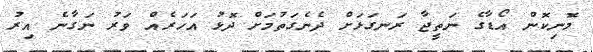
މޮނިކޮން އޯޑާގެ ނަތީޖާ ރަނގަޅަށް ދެނެގަތުމަށް ދޮޅު އަހަރެއް ވަރު ނަގާނެ އިރު